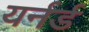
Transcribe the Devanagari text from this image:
यर्नर्ड